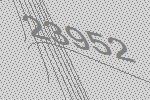
23952